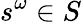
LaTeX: s^{\omega}\in S